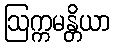
ဩက္ကမန္တိယာ